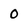
Character: 0